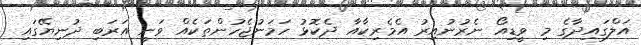
އަލްގައިދާގެ މި ވީޑިއޯ ނެރުނުއިރު އެމެރިކާއާ ދެކޮޅު ހަމަނުޖެހުންތަކެއް ވަނީ އަރަބި ދުނިޔޭގައި